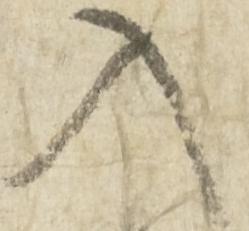
入